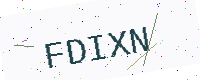
Text: FDIXN